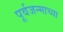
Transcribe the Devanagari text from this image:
पूर्वजन्माच्या